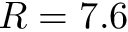
R = 7 . 6